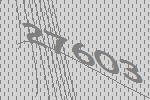
27603